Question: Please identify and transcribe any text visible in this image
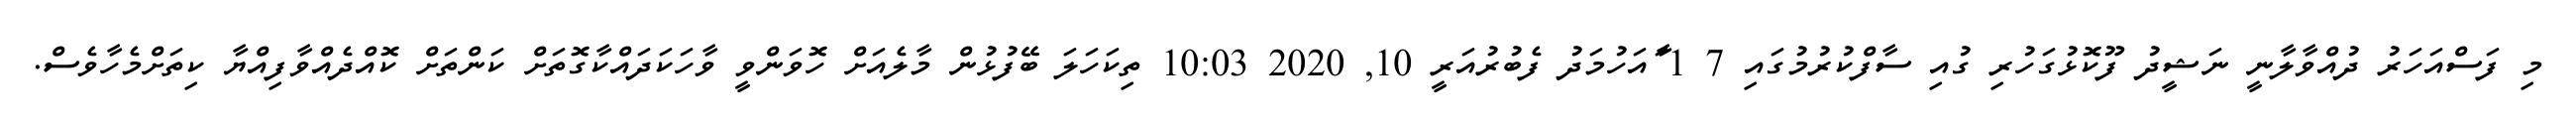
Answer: މި ފަސްއަހަރު ދުއްވާލާނީ ނަޝީދު ފޫކޮޅުގަހުރި ގުއި ސާފްކުރުމުގައި 7 1 ާައަހުމަދު ފެބުރުއަރީ 10, 2020 10:03 ތިކަހަލަ ބޭފުޅުން މާލެއަށް ހޮވަންވީ ވާހަކަދައްކާގޮތަށް ކަންތަށް ކޮއްދެއްވާފިއްޔާ ކިތަށްމެހާވެސް.